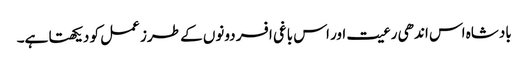
بادشاہ اس اندھی رعیت اور اس باغی افسر دونوں کے طرز عمل کو دیکھتا ہے۔